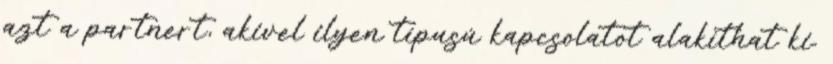
azt a partnert, akivel ilyen típusú kapcsolatot alakíthat ki.